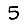
Digit: 5